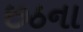
છઠના